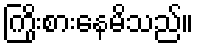
ကြိုးစားနေမိသည်။